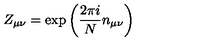
Z _ { \mu \nu } = \exp \left( \frac { 2 \pi i } { N } n _ { \mu \nu } \right)